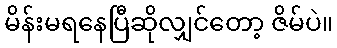
မိန်းမရနေပြီဆိုလျှင်တော့ ဇိမ်ပဲ။